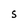
Character: s